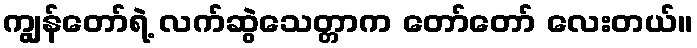
ကျွန်တော်ရဲ့ လက်ဆွဲသေတ္တာက တော်တော် လေးတယ်။